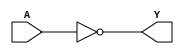
module NOT(Y,A);
	input A;
	output Y;
	nand(Y,A,A);
endmodule
module AND(Y,A,B);
	input A,B;
	output Y;
	wire x;	
	nand(x,A,B);
	nand(Y,x,x);
endmodule
module OR(Y,A,B);
	input A,B;
	output Y;
	wire x,z;
	nand (x,A,A);
	nand (z,B,B);
	nand (Y,x,z);
endmodule

module MUX21(Y,S,D1,D2);
	output Y;
	input S,D1,D2;
	wire s,d1,d2;
	NOT n_1(s,S);
	AND and_1(d1,D1,s);
	AND and_2(d2,D2,S);
	OR or_1(Y,d1,d2);
endmodule
module MUX_16(Y,S,D1,D2);
output [15:0] Y;
input [15:0] D1,D2;
input S;
MUX21 mux_1[15:0](Y,S,D1,D2);
endmodule



module MUX_16_4(Y,S0,S1,D0,D1,D2,D3);

input [15:0]D0,D1,D2,D3;
input S0,S1;
output [15:0]Y;
wire [15:0]x,y;

MUX_16 mux_1[15:0](x,S0,D0,D1);
MUX_16 mux_2[15:0](y,S0,D2,D3);
MUX_16 mux_3[15:0](Y,S1,x,y);

endmodule